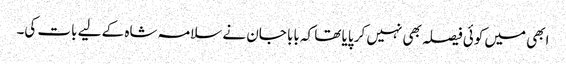
ابھی میں کوئی فیصلہ بھی نہیں کر پایا تھا کہ بابا جان نے سلامہ شاہ کے لیے بات کی۔